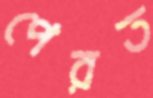
পেরত